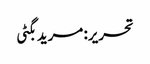
تحریر: مرید بگٹی